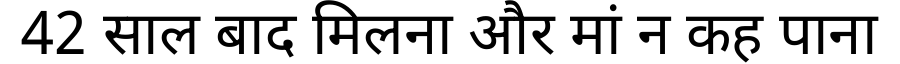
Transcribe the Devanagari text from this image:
42 साल बाद मिलना और मां न कह पाना